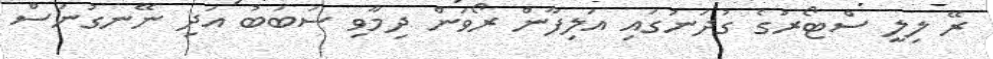
ރޭ ލިލީ ސްޓޯރުގެ ގުދަނުގައި އަލިފާން ރޯވަން ދިމާވި ސަބަބު އަދި ނޭނގުނަސް